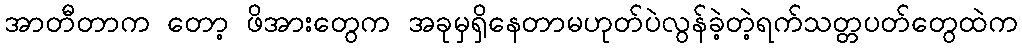
အာတီတာက တော့ ဖိအားတွေက အခုမှရှိနေတာမဟုတ်ပဲလွန်ခဲ့တဲ့ရက်သတ္တပတ်တွေထဲက